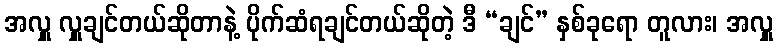
အလှူ လှူချင်တယ်ဆိုတာနဲ့ ပိုက်ဆံရချင်တယ်ဆိုတဲ့ ဒီ “ချင်” နှစ်ခုရော တူလား၊ အလှူ